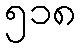
၅၁၈